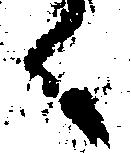
く